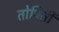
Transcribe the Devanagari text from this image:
तोषिती